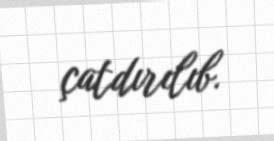
çatdırılıb.